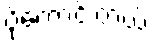
ပိုကောင်းတယ်